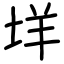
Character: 垟